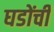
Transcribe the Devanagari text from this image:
घडोंची